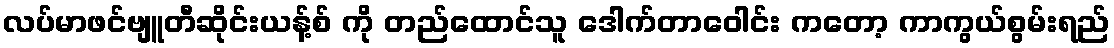
လပ်မာဖင်ဗျူတီဆိုင်းယန့်စ် ကို တည်ထောင်သူ ဒေါက်တာဝေါင်း ကတော့ ကာကွယ်စွမ်းရည်